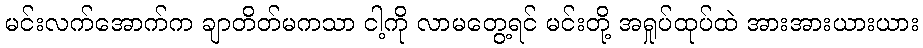
မင်းလက်အောက်က ချာတိတ်မကသာ ငါ့ကို လာမတွေ့ရင် မင်းတို့ အရှုပ်ထုပ်ထဲ အားအားယားယား